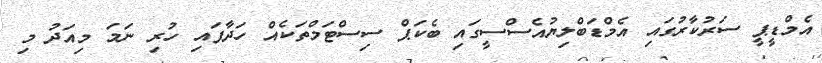
އެމްޑީޕީ ސަރުކާރުގައި އެމްޑަބްލިޔުއެސްސީގައި ބެކަޕް ސިސްޓަމްތަކެއް ހަދާފައި ހުރި ނަމަ މިއަދު މި